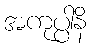
အကုပ္ပါနိ